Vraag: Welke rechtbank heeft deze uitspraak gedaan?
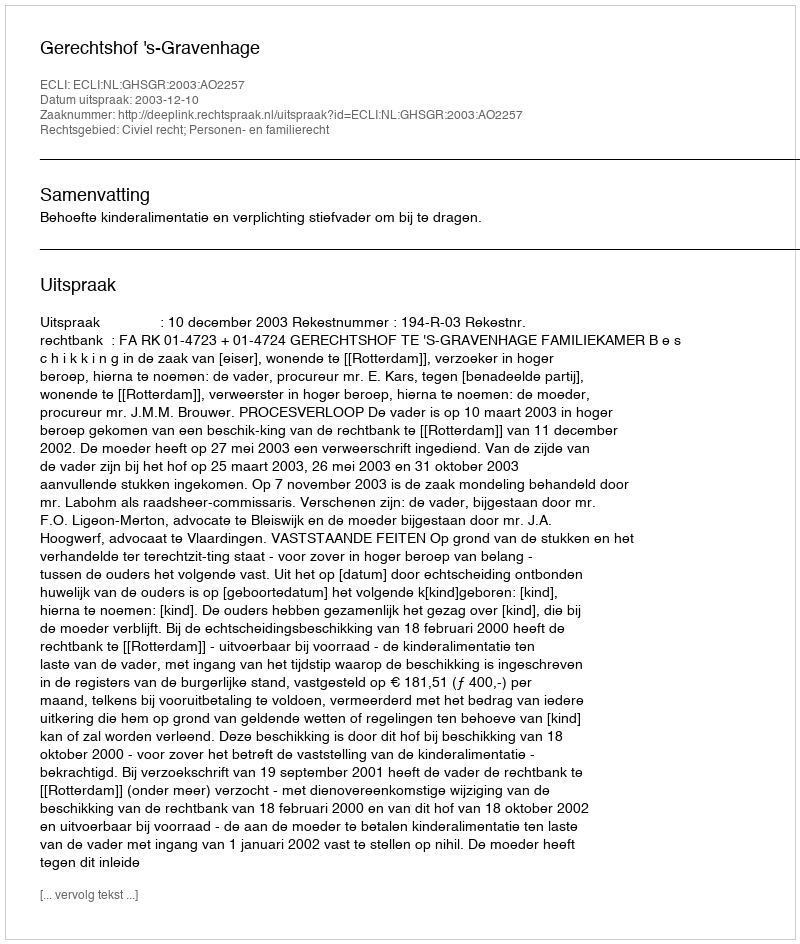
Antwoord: Gerechtshof 's-Gravenhage